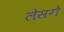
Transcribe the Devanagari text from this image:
लेसगे